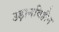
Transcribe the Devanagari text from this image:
उड़ानविहीन